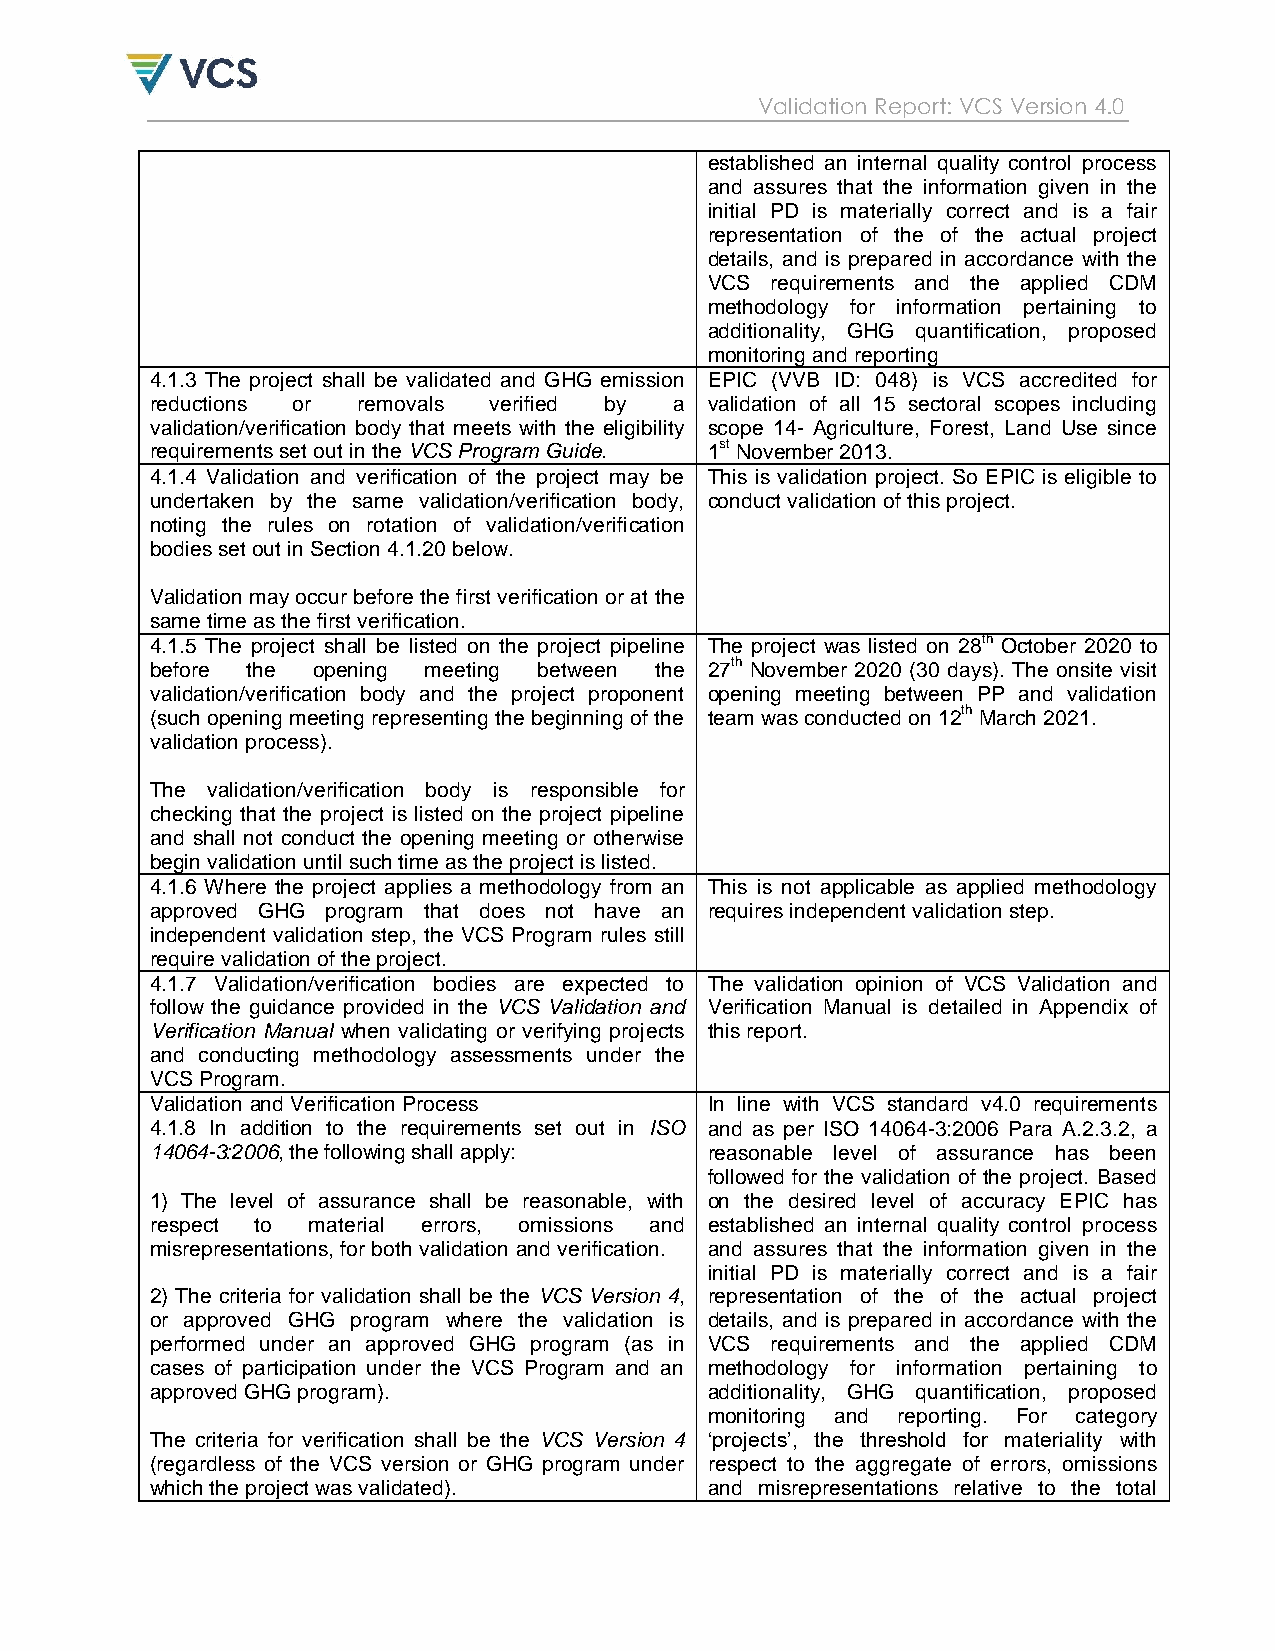
Validation Report: VCS Version 4.0
 established an internal quality control process
 and assures that the information given in the
 initial PD is materially correct and is a fair
 representation of the of the actual project
 details, and is prepared in accordance with the
 VCS requirements and the applied CDM
 methodology for information pertaining to
 additionality, GHG quantification, proposed
 monitoring and reporting
 4.1.3 The project shall be validated and GHG emission EPIC (VVB ID: 048) is VCS accredited for
 reductions or removals verified by a validation of all 15 sectoral scopes including
 validation/verification body that meets with the eligibility scope 14- Agriculture, Forest, Land Use since
 requirements set out in the VCS Program Guide. 1st November 2013.
 4.1.4 Validation and verification of the project may be This is validation project. So EPIC is eligible to
 undertaken by the same validation/verification body, conduct validation of this project.
 noting the rules on rotation of validation/verification
 bodies set out in Section 4.1.20 below.
 Validation may occur before the first verification or at the
 same time as the first verification.
 4.1.5 The project shall be listed on the project pipeline The project was listed on 28th October 2020 to
 before the opening meeting between the 27th November 2020 (30 days). The onsite visit
 validation/verification body and the project proponent opening meeting between PP and validation
 (such opening meeting representing the beginning of the team was conducted on 12th March 2021.
 validation process).
 The validation/verification body is responsible for
 checking that the project is listed on the project pipeline
 and shall not conduct the opening meeting or otherwise
 begin validation until such time as the project is listed.
 4.1.6 Where the project applies a methodology from an This is not applicable as applied methodology
 approved GHG program that does not have an requires independent validation step.
 independent validation step, the VCS Program rules still
 require validation of the project.
 4.1.7 Validation/verification bodies are expected to The validation opinion of VCS Validation and
 follow the guidance provided in the VCS Validation and Verification Manual is detailed in Appendix of
 Verification Manual when validating or verifying projects this report.
 and conducting methodology assessments under the
 VCS Program.
 Validation and Verification Process  In line with VCS standard v4.0 requirements
 4.1.8 In addition to the requirements set out in ISO and as per ISO 14064-3:2006 Para A.2.3.2, a
 14064-3:2006, the following shall apply: reasonable level of assurance has been
 followed for the validation of the project. Based
 1) The level of assurance shall be reasonable, with on the desired level of accuracy EPIC has
 respect to material errors, omissions and established an internal quality control process
 misrepresentations, for both validation and verification. and assures that the information given in the
 initial PD is materially correct and is a fair
 2) The criteria for validation shall be the VCS Version 4, representation of the of the actual project
 or approved GHG program where the validation is details, and is prepared in accordance with the
 performed under an approved GHG program (as in VCS requirements and the applied CDM
 cases of participation under the VCS Program and an methodology for information pertaining to
 approved GHG program).               additionality, GHG quantification, proposed
 monitoring and reporting. For category
 The criteria for verification shall be the VCS Version 4 „projects‟, the threshold for materiality with
 (regardless of the VCS version or GHG program under respect to the aggregate of errors, omissions
 which the project was validated).    and misrepresentations relative to the total